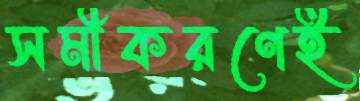
সমীকরণেই